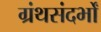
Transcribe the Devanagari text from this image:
ग्रंथसंदर्भों